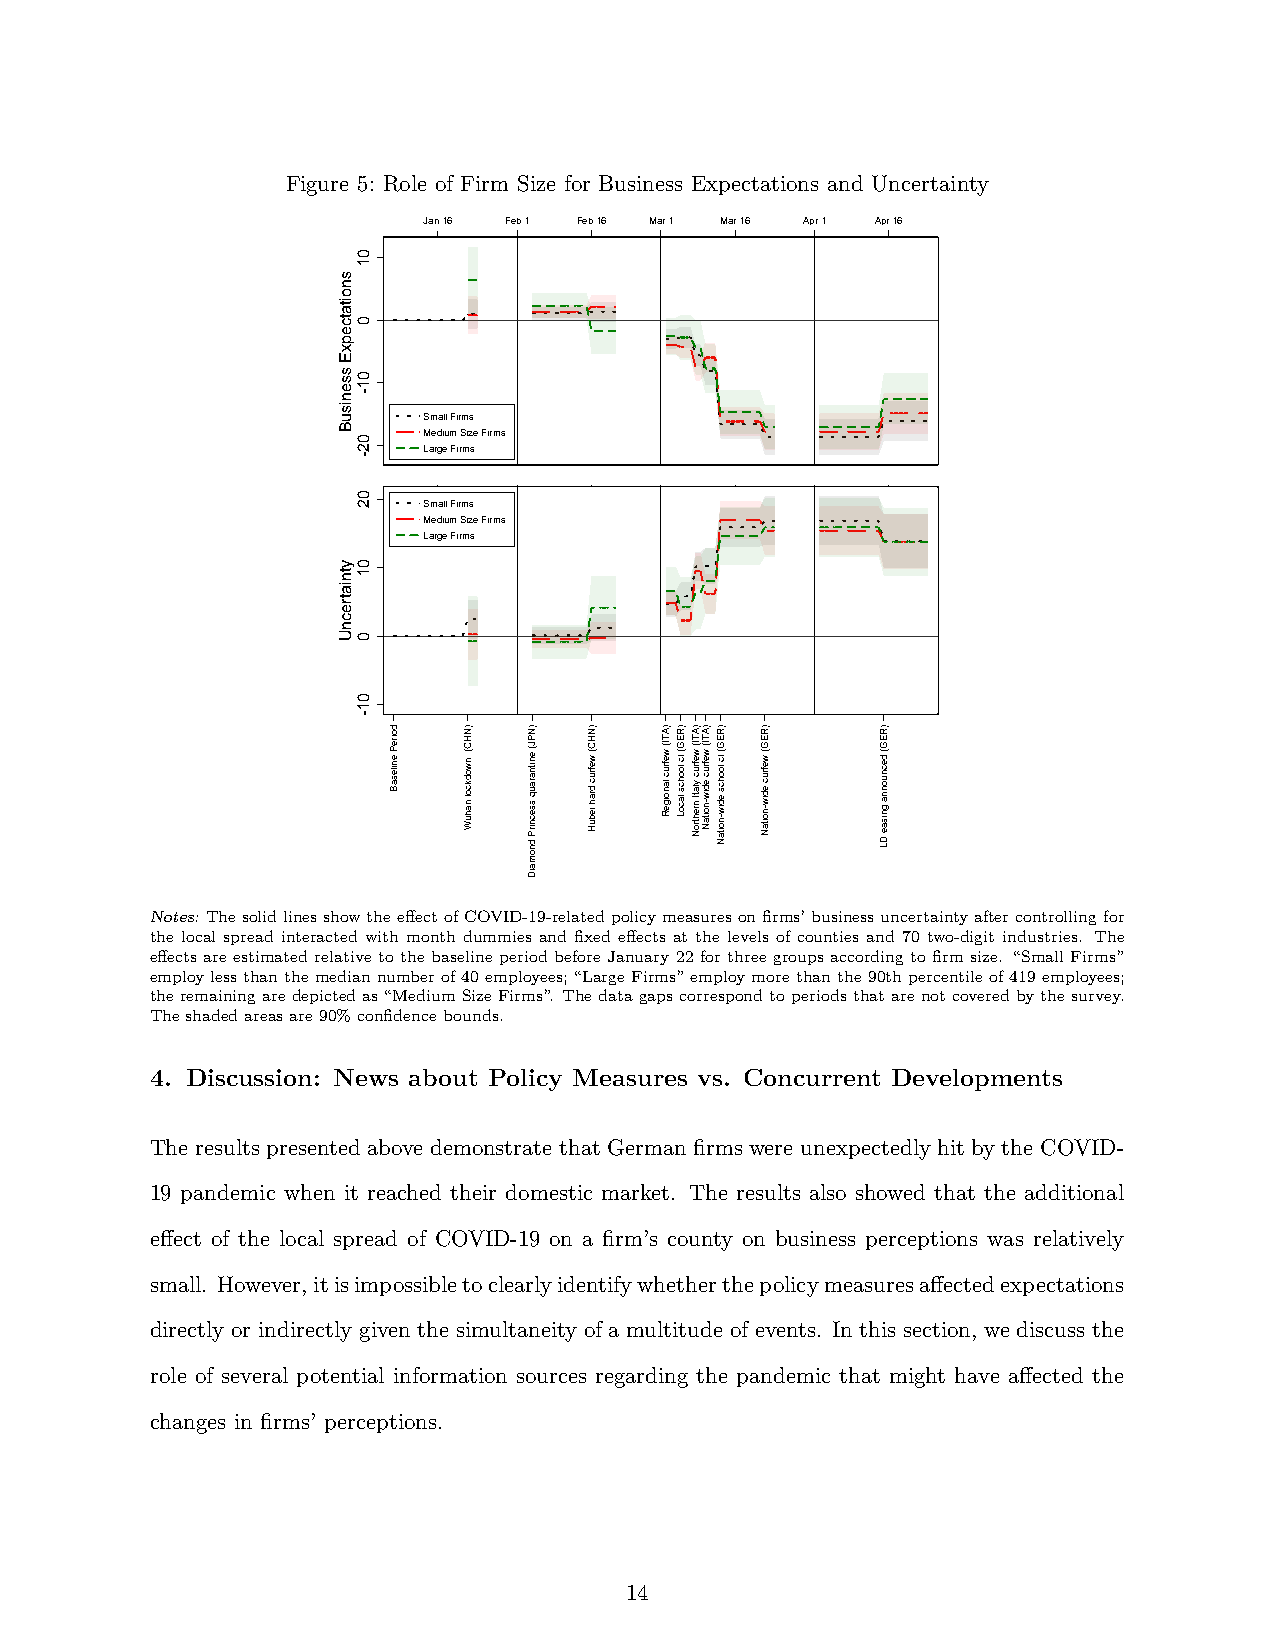
Figure 5: Role of Firm Size for Business Expectations and Uncertainty
 Jan 16 Feb 1 Feb 16 Mar 1 Mar 16 Apr 1 Apr 16
 Small Firms
 Medium Size Firms
 Large Firms
 Jan 16 Feb 1 Feb 16 Mar 1 Mar 16 Apr 1 Apr 16
 Small Firms
 Medium Size Firms
 Large Firms
 Notes: ThesolidlinesshowtheeffectofCOVID-19-relatedpolicymeasuresonfirms’businessuncertaintyaftercontrollingfor
 the local spread interacted with month dummies and fixed effects at the levels of counties and 70 two-digit industries. The
 effects are estimated relative to the baseline period before January 22 for three groups according to firm size. “Small Firms”
 employlessthanthemediannumberof40employees;“LargeFirms”employmorethanthe90thpercentileof419employees;
 theremainingaredepictedas“MediumSizeFirms”. Thedatagapscorrespondtoperiodsthatarenotcoveredbythesurvey.
 Theshadedareasare90%confidencebounds.
 4. Discussion: News about Policy Measures vs. Concurrent Developments
 The results presented above demonstrate that German firms were unexpectedly hit by the COVID-
 19 pandemic when it reached their domestic market. The results also showed that the additional
 effect of the local spread of COVID-19 on a firm’s county on business perceptions was relatively
 small. However,itisimpossibletoclearlyidentifywhetherthepolicymeasuresaffectedexpectations
 directly or indirectly given the simultaneity of a multitude of events. In this section, we discuss the
 role of several potential information sources regarding the pandemic that might have affected the
 changes in firms’ perceptions.
 14
 snoitatcepxE
 ssenisuB
 ytniatrecnU
 01
 0
 01-
 02-
 02
 01
 0
 01-
 doireP
 enilesaB
 doireP
 enilesaB
 )NHC(
 nwodkcol
 nahuW
 )NHC(
 nwodkcol
 nahuW
 )NPJ(
 enitnarauq
 ssecnirP
 dnomaiD
 )NPJ(
 enitnarauq
 ssecnirP
 dnomaiD
 )NHC(
 wefruc
 drah
 iebuH
 )NHC(
 wefruc
 drah
 iebuH
 )ATI(
 wefruc
 lanoigeR
 )ATI(
 wefruc
 lanoigeR
 )REG(
 lc
 loohcs
 lacoL
 )REG(
 lc
 loohcs
 lacoL
 )ATI(
 wefruc
 ylatI
 nrehtroN
 )ATI(
 wefruc
 ylatI
 nrehtroN
 )ATI(
 wefruc
 ediw-noitaN
 )ATI(
 wefruc
 ediw-noitaN
 )REG(
 lc
 loohcs
 ediw-noitaN
 )REG(
 lc
 loohcs
 ediw-noitaN
 )REG(
 wefruc
 ediw-noitaN
 )REG(
 wefruc
 ediw-noitaN
 )REG(
 decnuonna
 gnisae
 DL
 )REG(
 decnuonna
 gnisae
 DL